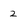
Character: 2